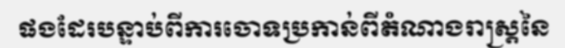
ផងដែរបន្ទាប់ពីការចោទប្រកាន់ពីតំណាងរាស្ត្រនៃ